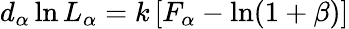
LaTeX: d_{\alpha}\ln L_{\alpha}=k\left[F_{\alpha}-\ln(1+\beta)\right]